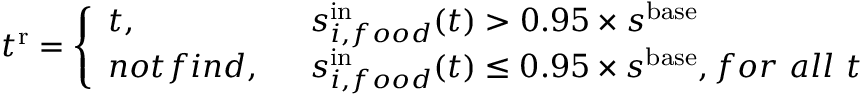
t ^ { \mathrm { r } } = \left\{ \begin{array} { l l } { t , } & { ~ ~ s _ { i , f o o d } ^ { \mathrm { i n } } ( t ) > 0 . 9 5 \times s ^ { \mathrm { b a s e } } } \\ { n o t f i n d , } & { ~ ~ s _ { i , f o o d } ^ { \mathrm { i n } } ( t ) \le 0 . 9 5 \times s ^ { \mathrm { b a s e } } , f o r ~ a l l ~ t } \end{array} \right.